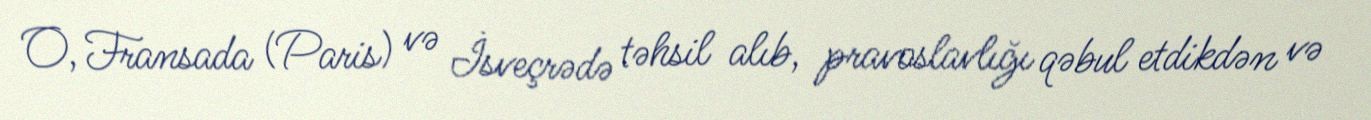
O, Fransada (Paris) və İsveçrədə təhsil alıb, pravoslavlığı qəbul etdikdən və